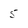
Character: 5